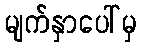
မျက်နှာပေါ်မှ